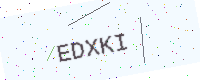
Text: EDXKI